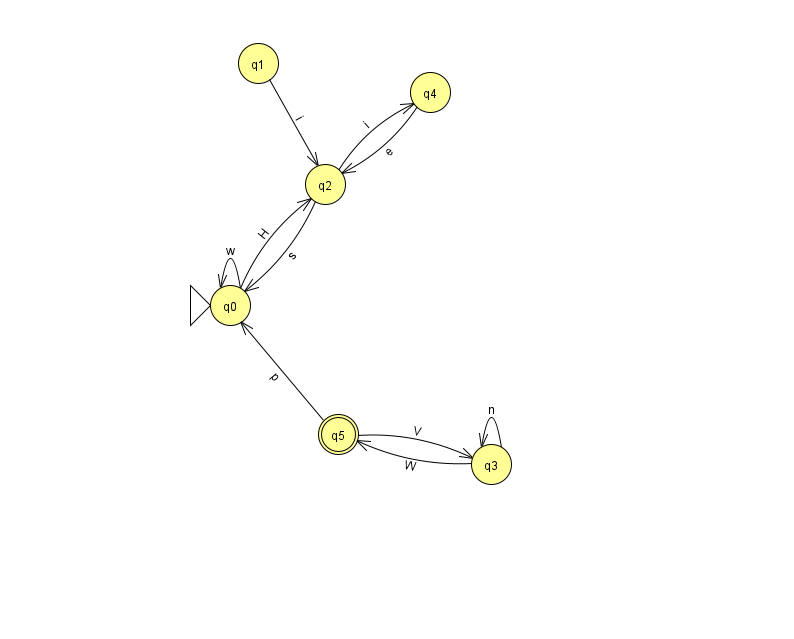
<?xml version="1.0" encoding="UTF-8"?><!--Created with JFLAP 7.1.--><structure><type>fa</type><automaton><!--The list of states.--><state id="0" name="q0"><x>230.0</x><y>292.0</y><initial/></state><state id="1" name="q1"><x>258.0</x><y>50.0</y></state><state id="2" name="q2"><x>325.0</x><y>171.0</y></state><state id="3" name="q3"><x>491.0</x><y>451.0</y></state><state id="4" name="q4"><x>430.0</x><y>79.0</y></state><state id="5" name="q5"><x>338.0</x><y>421.0</y><final/></state><!--The list of transitions.--><transition><from>2</from><to>0</to><read>s</read></transition><transition><from>0</from><to>0</to><read>w</read></transition><transition><from>2</from><to>4</to><read>i</read></transition><transition><from>1</from><to>2</to><read>i</read></transition><transition><from>3</from><to>5</to><read>W</read></transition><transition><from>4</from><to>2</to><read>e</read></transition><transition><from>5</from><to>3</to><read>V</read></transition><transition><from>0</from><to>2</to><read>H</read></transition><transition><from>5</from><to>0</to><read>p</read></transition><transition><from>3</from><to>3</to><read>n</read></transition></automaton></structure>